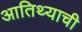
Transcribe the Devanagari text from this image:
आतिथ्याची